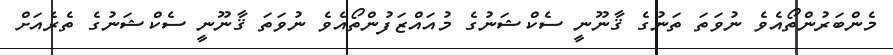
މެންބަރުންތޯއެވެ ނުވަތަ ތަނުގެ ޤާނޫނީ ސެކްޝަނުގެ މުއައްޒަފުންތޯއެވެ ނުވަތަ ޤާނޫނީ ސެކްޝަނުގެ ތެރެއަށް